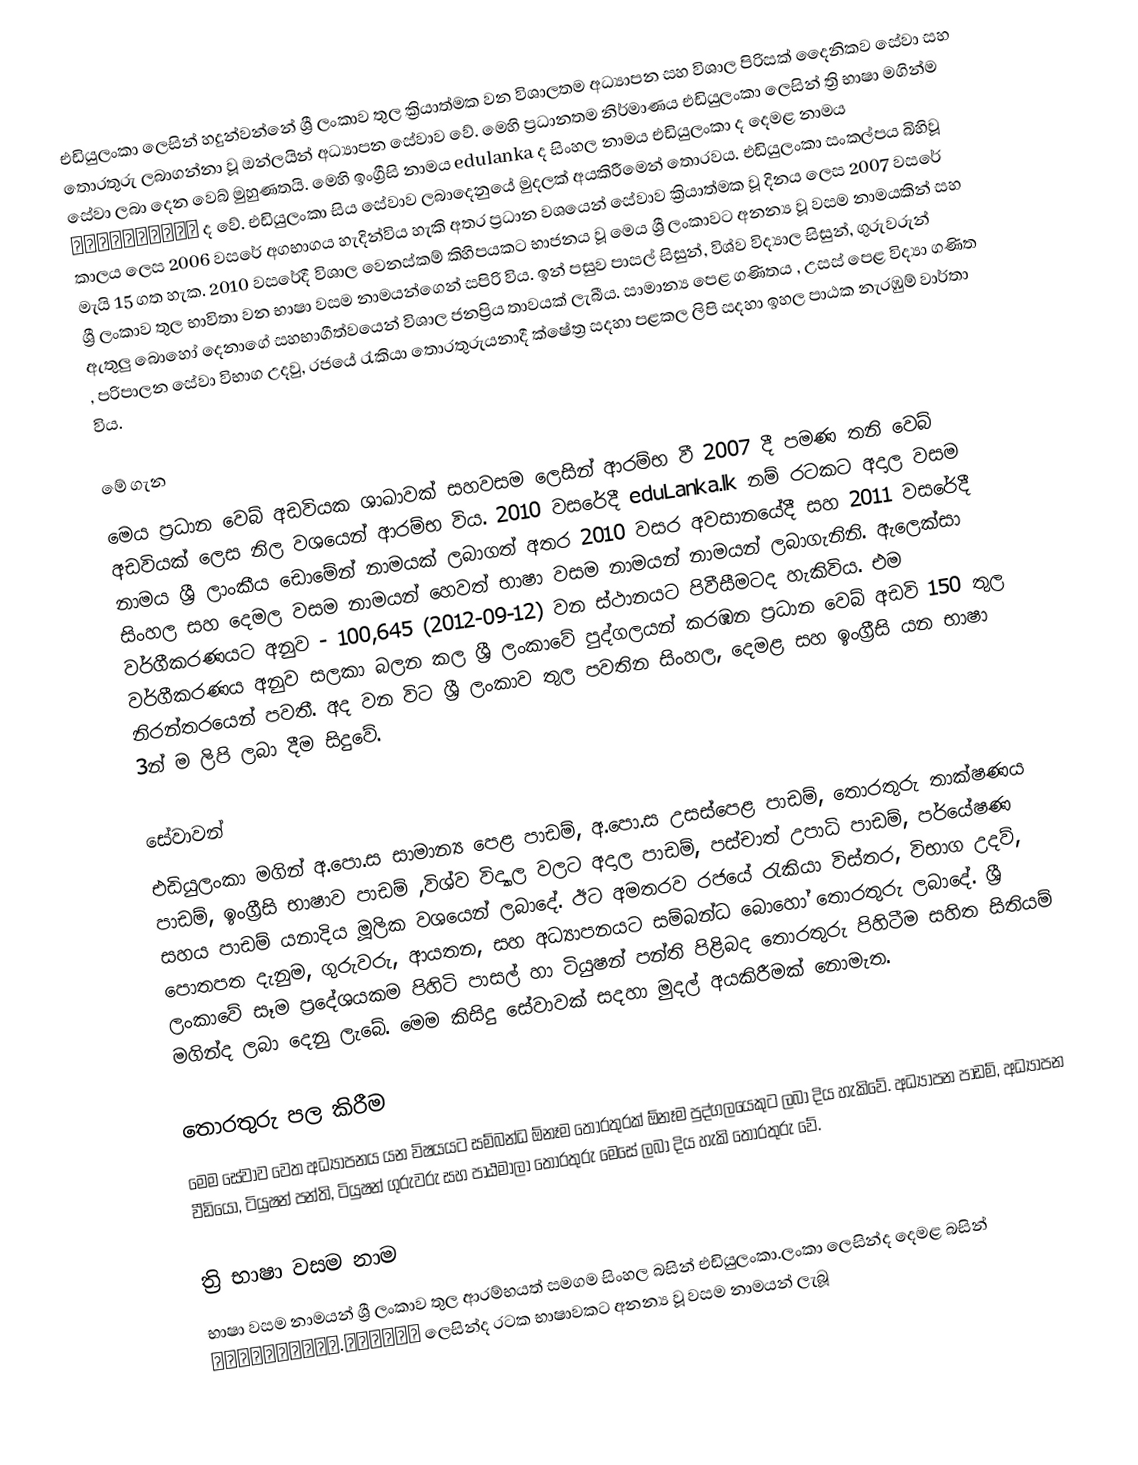
එඩියුලංකා ලෙසින් හදුන්වන්නේ ශ්‍රී ලංකාව තුල ක්‍රියාත්මක වන විශාලතම අධ්‍යාපන  සහ විශාල පිරිසක් දෛනිකව සේවා සහ තොරතුරු ලබාගන්නා  වූ ඔන්ලයින් අධ්‍යාපන සේවාව වේ. මෙහි ප්‍රධානතම නිර්මාණය එඩියුලංකා ලෙසින් ත්‍රි භාෂා මගින්ම සේවා ලබා දෙන වෙබ් මුහුණතයි.  මෙහි ඉංග්‍රීසි නාමය edulanka ද සිංහල නාමය එඩියුලංකා ද දෙමළ නාමය எடியுலங்கா ද වේ. එඩියුලංකා සිය සේවාව ලබාදෙනුයේ මුදලක් අයකිරීමෙන් තොරවය. එඩියුලංකා සංකල්පය බිහිවූ කාලය ලෙස 2006 වසරේ අගභාගය හැදින්විය හැකි අතර ප්‍රධාන වශයෙන් සේවාව ක්‍රියාත්මක වූ දිනය ලෙස 2007 වසරේ මැයි 15 ගත හැක. 2010 වසරේදී විශාල වෙනස්කම් කිහිපයකට භාජනය වූ මෙය ශ්‍රී ලංකාවට අනන්‍ය වූ වසම නාමයකින් සහ ශ්‍රී ලංකාව තුල භාවිතා වන භාෂා වසම නාමයන්ගෙන් සපිරි විය. ඉන් පසුව පාසල් සිසුන්, විශ්ව විද්‍යාල සිසුන්, ගුරුවරුන් ඇතුලු බොහෝ දෙනාගේ  සහභාගීත්වයෙන් විශාල  ජනප්‍රිය තාවයක් ලැබීය. සාමාන්‍ය පෙළ ගණිතය , උසස් පෙළ විද්‍යා ගණිත , පරිපාලන සේවා විභාග උදවු, රජයේ රැකියා තොරතුරුයනාදී ක්ෂේත්‍ර සදහා පළකල ලිපි සදහා ඉහල පාඨක නැරඹුම් වාර්තා විය.

මේ ගැන
මෙය ප්‍රධාන වෙබ් අඩවියක ශාඛාවක් සහවසම ලෙසින් ආරම්භ වී 2007 දී පමණ තනි වෙබ් අඩවියක් ලෙස නිල වශයෙන් ආරම්භ විය. 2010 වසරේදී eduLanka.lk නම් රටකට අදාල වසම නාමය ශ්‍රී ලාංකීය ඩොමේන් නාමයක් ලබාගත් අතර 2010 වසර අවසානයේදී සහ 2011 වසරේදී සිංහල සහ දෙමල වසම නාමයන් හෙවත් භාෂා වසම නාමයන් නාමයන් ලබාගැනිනි. ඇලෙක්සා වර්ගීකරණයට අනුව - 100,645 (2012-09-12) වන ස්ථානයට පිවීසීමටද හැකිවිය. එම වර්ගීකරණය අනුව සලකා බලන කල ශ්‍රී ලංකාවේ පුද්ගලයන් කරඹන ප්‍රධාන වෙබ් අඩවි 150 තුල නිරන්තරයෙන් පවතී. අද වන විට  ශ්‍රී ලංකාව තුල පවතින සිංහල, දෙමළ සහ ඉංග්‍රීසි යන භාෂා 3න් ම ලිපි ලබා දීම සිදුවේ.

සේවාවන්
එඩියුලංකා මගින් අ.පො.ස සාමාන්‍ය පෙළ පාඩම්, අ.පො.ස උසස්පෙළ පාඩම්, තොරතුරු තාක්ෂණය පාඩම්, ඉංග්‍රීසි භාෂාව පාඩම් ,විශ්ව විද්‍යාල වලට අදාල පාඩම්, පස්චාත් උපාධි පාඩම්, පර්යේෂණ සහය පාඩම් යනාදිය මූලික වශයෙන් ලබාදේ. ඊට අමතරව රජයේ රැකියා විස්තර, විභාග උදව්, පොතපත දැනුම, ගුරුවරු, ආයතන, සහ අධ්‍යාපනයට සම්බන්ධ බොහෝ තොරතුරු ලබාදේ. ශ්‍රී ලංකාවේ සෑම ප්‍රදේශයකම පිහිටි පාසල් හා ටියුෂන් පන්ති පිළිබද තොරතුරු පිහිටීම සහිත සිතියම් මගින්ද ලබා දෙනු ලැබේ. මෙම කිසිදු සේවාවක් සදහා මුදල් අයකිරීමක් නොමැත.

තොරතුරු පල කිරීම
මෙම සේවාව වෙත අධ්‍යාපනය යන විෂයයට සම්බන්ධ ඕනෑම තොරතුරක් ඕනෑම පුද්ගලයෙකුට ලබා දිය හැකිවේ. අධ්‍යාපන පාඩම්, අධ්‍යාපන වීඩියෝ, ටියුෂන් පන්ති, ටියුෂන් ගුරුවරු සහ පාඨමාලා තොරතුරු මෙසේ ලබා දිය හැකි තොරතුරු වේ.

ත්‍රි භාෂා වසම නාම
භාෂා වසම නාමයන් ශ්‍රී ලංකාව තුල ආරම්භයත් සමගම සිංහල බසින් එඩියුලංකා.ලංකා ලෙසින්ද දෙමළ බසින් எடியுலங்கா.இலங்கை ලෙසින්ද රටක භාෂාවකට අනන්‍ය වූ වසම නාමයන් ලැබූ